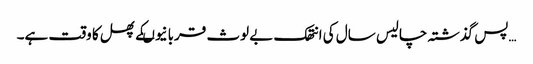
…پس گذشتہ چالیس سال کی انتھک بے لوث قربانیوںکے پھل کا وقت ہے۔